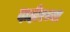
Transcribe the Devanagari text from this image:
दाहीरच्या